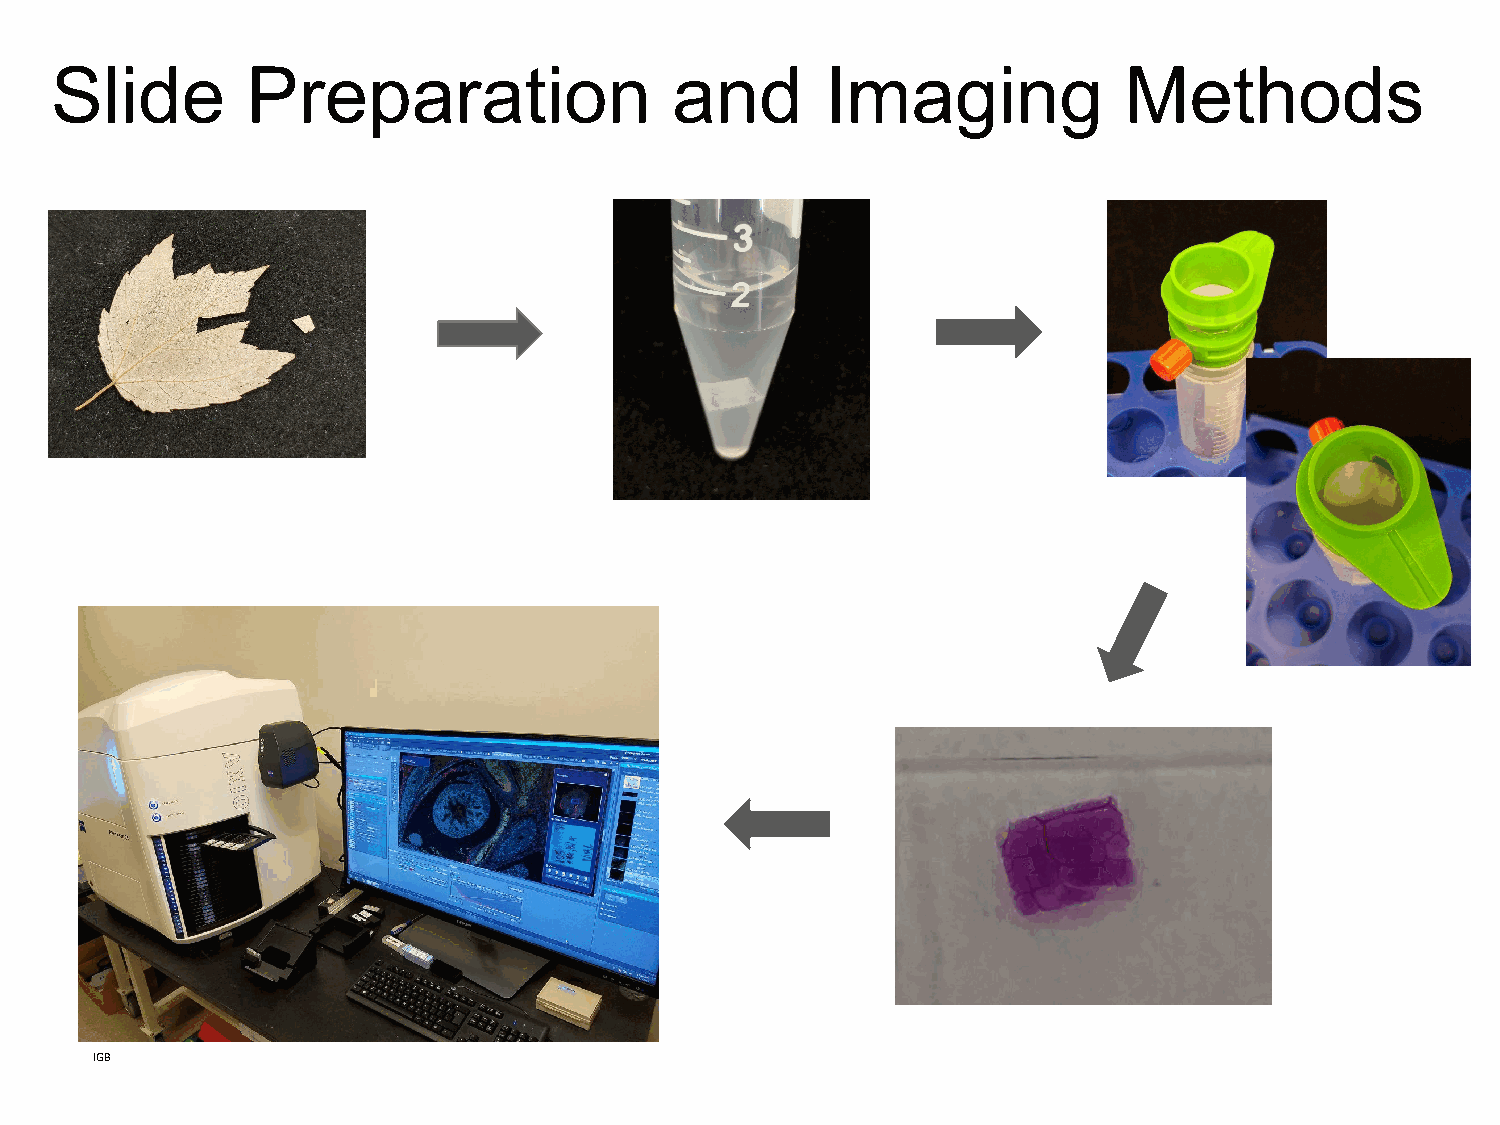
Slide        Preparation                  and       Imaging            Methods
 IGB